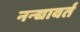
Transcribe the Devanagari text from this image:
नन्द्यावर्त